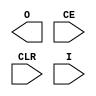
// $Header: /devl/xcs/repo/env/Databases/CAEInterfaces/verplex_libs/data/simprims/Attic/X_BUFR.v,v 1.1.2.1 2004/09/28 20:47:45 wloo Exp $

`timescale  1 ps / 1 ps

module X_BUFR (O, CE, CLR, I);

    output O;
    input CE;
    input CLR;
    input I;
    parameter BUFR_DIVIDE = "BYPASS";

endmodule // X_BUFR